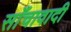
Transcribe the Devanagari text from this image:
साँचावादी